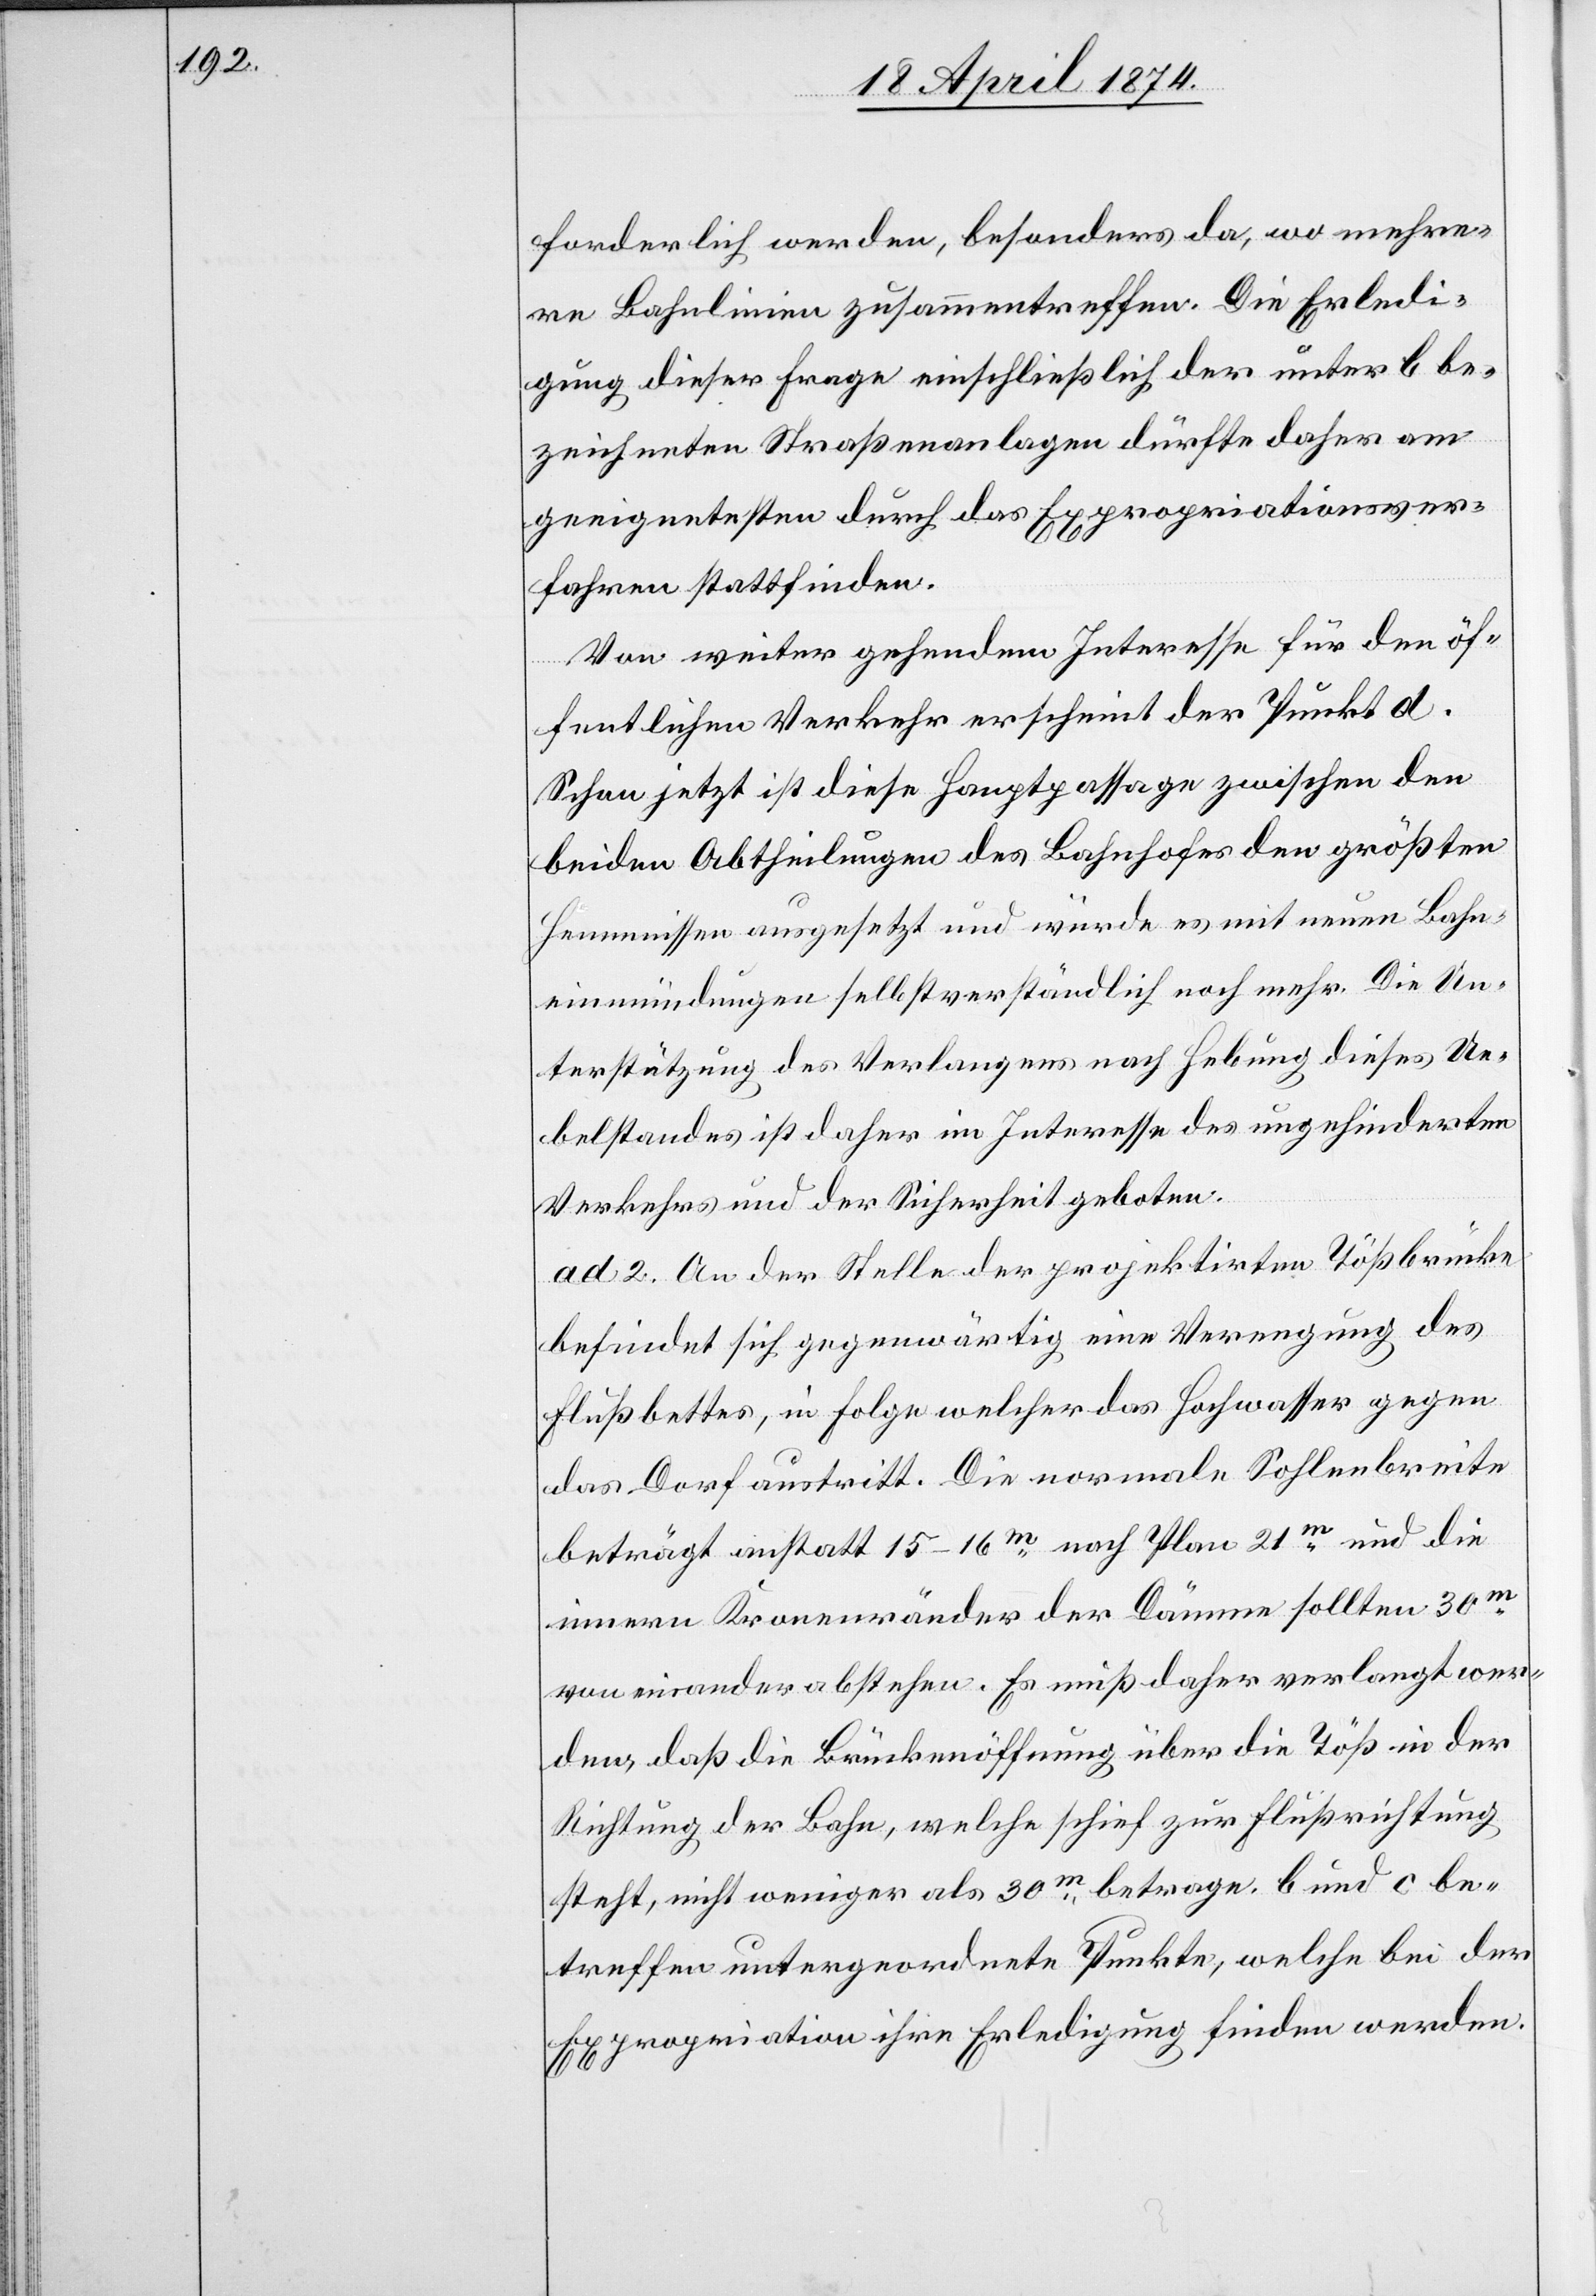
forderlich werden, besonders da, wo mehre¬
re Bahnlinien zusammentreffen. Die Erledi¬
gung dieser Frage einschließlich der unter b be¬
zeichneten Straßenanlagen dürfte daher am
geeignetesten durch das Expropriationsver¬
fahren stattfinden.
Von weiter gehendem Interesse für den öf¬
fentlichen Verkehr erscheint der Punkt d.
Schon jetzt ist diese Hauptpassage zwischen den
beiden Abtheilungen des Bahnhofes den größten
Hemmnissen ausgesetzt und würde es mit neuen Bahn¬
einmündungen selbstverständlich noch mehr. Die Un¬
terstützung des Verlangens nach Hebung dieses Ue¬
belstandes ist daher im Interesse des ungehinderten
Verkehrs und der Sicherheit geboten.
ad 2. An der Stelle der projektirten Tößbrücke
befindet sich gegenwärtig eine Verengung des
Flußbettes, in Folge welcher das Hochwasser gegen
das Dorf austritt. Die normale Sohlenbreite
beträgt anstatt 15–16m nach Plan 21m und die
innern Kronenränder der Dämme sollten 30m
von einander abstehen. Es muß daher verlangt wer¬
den, daß die Brückenöffnung über die Töß in der
Richtung der Bahn, welche schief zur Flußrichtung
steht, nicht weniger als 30m betrage. b und c be¬
treffen untergeordnete Punkte, welche bei der
Expropriation ihre Erledigung finden werden.